Civil Veterinary Department. Madras. Admin. report 1926-33 - 1926-1933
Year: 1926
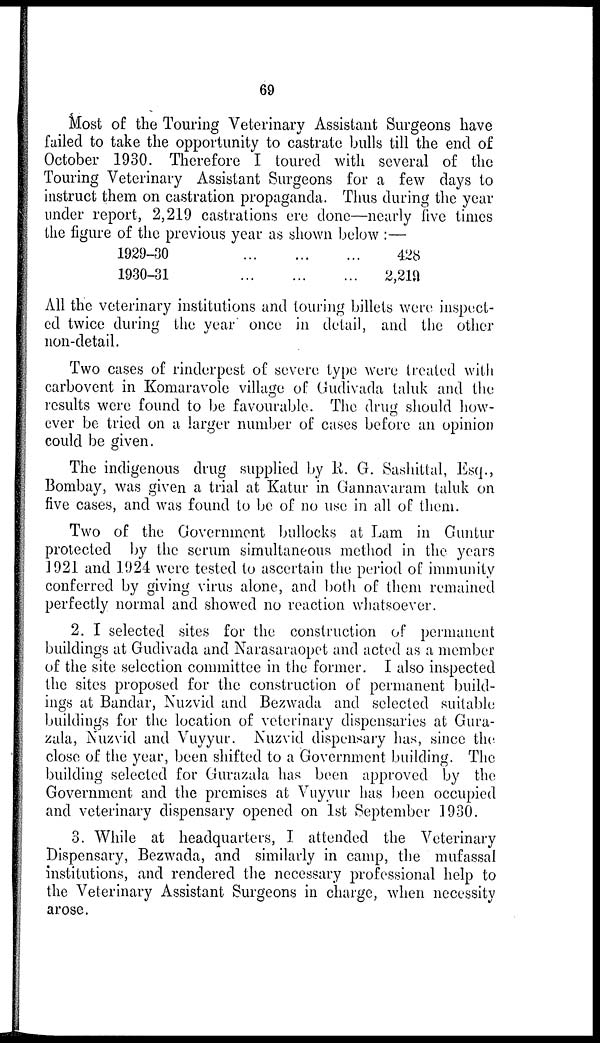
69
Most of the Touring Veterinary Assistant Surgeons have
failed to take the opportunity to castrate bulls till the end of
October 1930. Therefore I toured with several of the
Touring Veterinary Assistant Surgeons for a few days to
instruct them on castration propaganda. Thus during the year
under report, 2,219 castrations ere done—nearly five times
the figure of the previous year as shown below :—
1929-30
1930-31
...
...
.........
...
...
...
428
2,21a
All the veterinary institutions and touring billets were inspect-
ed twice during the year once in detail, and the other
non-detail.
Two cases of rinderpest of severe type were treated with
carbovent in Komaravole village of Gudivada taluk and the
results were found to be favourable. The drug should how-
ever be tried on a larger number of cases before an opinion
could be given.
The indigenous drug supplied by R. G. Sashittal, Esq.,
Bombay, was given a trial at Katur in Gannavaram taluk on
five cases, and was found to be of no use in all of them.
Two of the Government bullocks at Lam in Guntur
protected by the serum simultaneous method in the years
1921 and 1924 were tested to ascertain the period of immunity
conferred by giving virus alone, and both of them remained
perfectly normal and showed no reaction whatsoever.
2. I selected sites for the construction of permanent
buildings at Gudivada and Narasaraopet and acted as a member
of the site selection committee in the former. I also inspected
the sites proposed for the construction of permanent build-
ings at Bandar, Nuzvid and Bezwada and selected suitable
buildings for the location of veterinary dispensaries at Gura-
zala, Nuzvid and Vuyyur. Nuzvid dispensary has, since the
close of the year, been shifted to a Government building. The
building selected for Gurazala has been approved by the
Government and the premises at Vuyyur has been occupied
and veterinary dispensary opened on 1st September 1930.
3. While at headquarters, I attended the Veterinary
Dispensary, Bezwada, and similarly in camp, the mufassal
institutions, and rendered the necessary professional help to
the Veterinary Assistant Surgeons in charge, when necessity
arose.